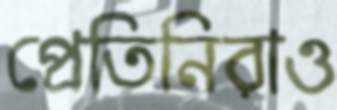
প্রেতিনিরাও